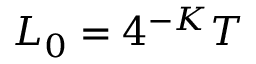
L _ { 0 } = 4 ^ { - K } T